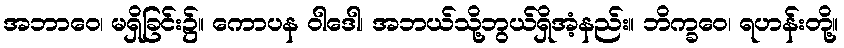
အဘာဝေ၊ မရှိခြင်း၌။ ကောပန ဝါဒေါ၊ အဘယ်သို့ဘွယ်ရှိအံ့နည်း။ ဘိက္ခဝေ၊ ရဟန်းတို့။